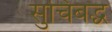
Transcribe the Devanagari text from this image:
सुचिबद्ध